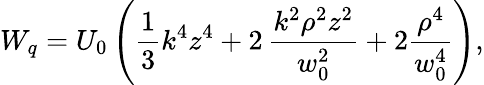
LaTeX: W_{q}=U_{0}\left(\frac{1}{3}k^{4}z^{4}+2\, \frac{k^{2}\rho^{2}z^{2}}{w_{0}^{2}}+2\frac{\rho^{4}}{w_{0}^{4}}\right),